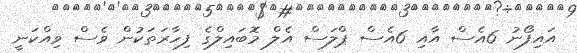
އައިފޯނު 6އެސް އާއި 6އެސް ޕްލަސް އެލް މޮބައިލްގެ ފިހާރަތަކުން ވެސް ވިއްކަނީ